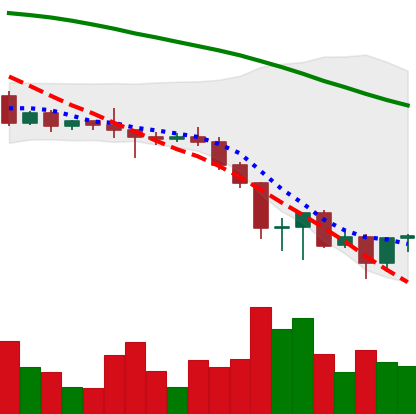
Ticker: BNB-USD
Chart end date: 2022-06-20
Forward return: 10.49%
Label: up_7plus